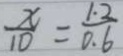
\frac { x } { 1 0 } = \frac { 1 . 2 } { 0 . 6 }